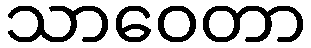
သာဝေတာ